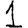
Digit: 1